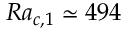
R a _ { c , 1 } \simeq 4 9 4